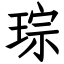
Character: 琮